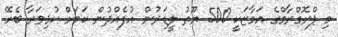
މި ޕްރޮގްރާމްގެ އަމާޒަކީ 500 ޔޫތު ލީޑަރުން އުފެއްދުން ކަމަށް ކުޅިވަރާ ބެހޭ